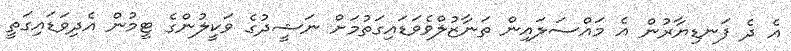
އެ ދެ ފަނޑިޔާރުން އެ މަައްސަލައިން ތަނާޒުލްވެވަޑައިގަތުމަށް ނަޝީދުގެ ވަކީލުންގެ ޓީމުން އެދިވަޑައިގަތީ